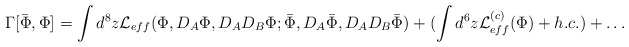
\begin{align*}\Gamma[\bar{\Phi},\Phi] = \int d^8z {\cal L}_{eff}(\Phi,D_A\Phi,D_A D_B\Phi;\bar{\Phi},D_A\bar{\Phi},D_A D_B\bar{\Phi})+ (\int d^6z {\cal L}^{(c)}_{eff}(\Phi) + h.c.) +\ldots\end{align*}